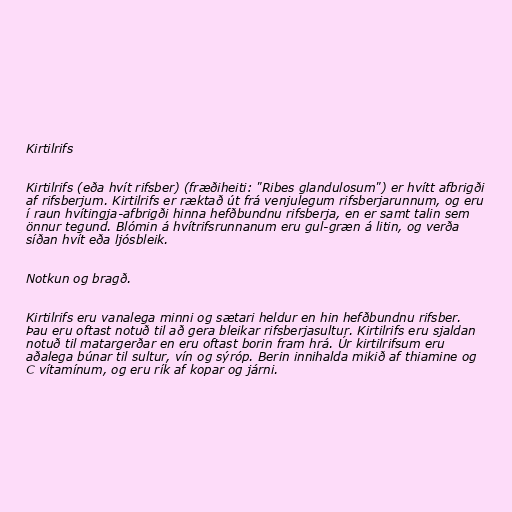
Kirtilrifs

Kirtilrifs (eða hvít rifsber) (fræðiheiti: "Ribes glandulosum") er hvítt afbrigði
af rifsberjum. Kirtilrifs er ræktað út frá venjulegum rifsberjarunnum, og eru
í raun hvítingja-afbrigði hinna hefðbundnu rifsberja, en er samt talin sem
önnur tegund. Blómin á hvítrifsrunnanum eru gul-græn á litin, og verða
síðan hvít eða ljósbleik.

Notkun og bragð.

Kirtilrifs eru vanalega minni og sætari heldur en hin hefðbundnu rifsber.
Þau eru oftast notuð til að gera bleikar rifsberjasultur. Kirtilrifs eru sjaldan
notuð til matargerðar en eru oftast borin fram hrá. Úr kirtilrifsum eru
aðalega búnar til sultur, vín og sýróp. Berin innihalda mikið af thiamine og
C vítamínum, og eru rík af kopar og járni.